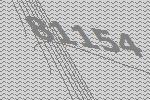
81154